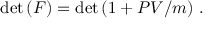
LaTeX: \operatorname * { d e t } { ( F ) } = \operatorname * { d e t } { ( 1 + P V / m ) } ~ .